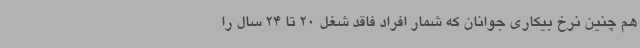
هم چنین نرخ بیکاری جوانان که شمار افراد فاقد شغل 20 تا 24 سال را